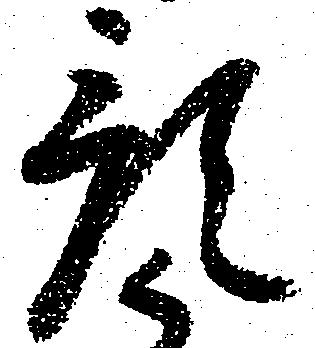
預